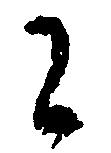
に